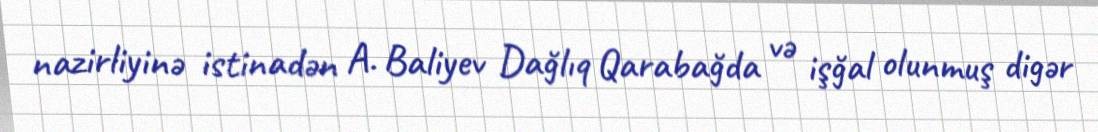
nazirliyinә istinadən A. Baliyev Dağlıq Qarabağda və işğal olunmuş digər